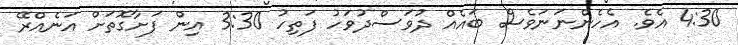
4:30 އެވެ. އެހެންނަނަވެސް ބައެއް ދުވަސްދުވަހު ފަތިހު 3:30 އިން ފަށާގޮތަށް އަނެއްރޭ